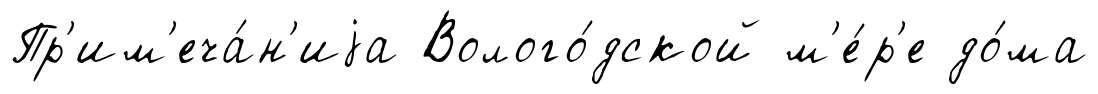
Пр'им'еча́н'иjа Волого́дской м'е́р'е до́ма